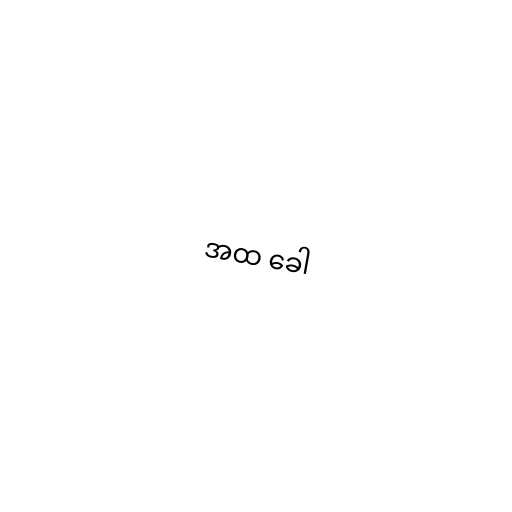
အထ ခေါ